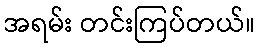
အရမ်း တင်းကြပ်တယ်။